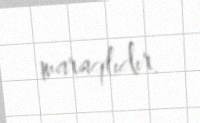
maraqlıdır.